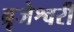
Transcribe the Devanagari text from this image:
ब्रृजेश्वरी